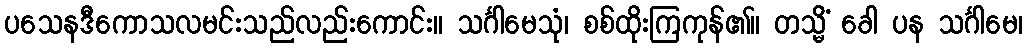
ပသေနဒီကောသလမင်းသည်လည်းကောင်း။ သင်္ဂါမေသုံ၊ စစ်ထိုးကြကုန်၏။ တသ္မိံ ခေါ ပန သင်္ဂါမေ၊